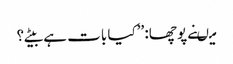
میںنے پوچھا: ’’کیا بات ہے بیٹے؟